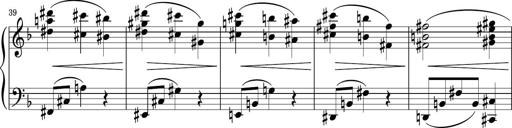
Title: Sonatina PandemÃ³nium
Composer: VÃ­ctor Carbajo
Key: C major